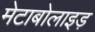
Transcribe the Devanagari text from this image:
मेटाबोलाइड़